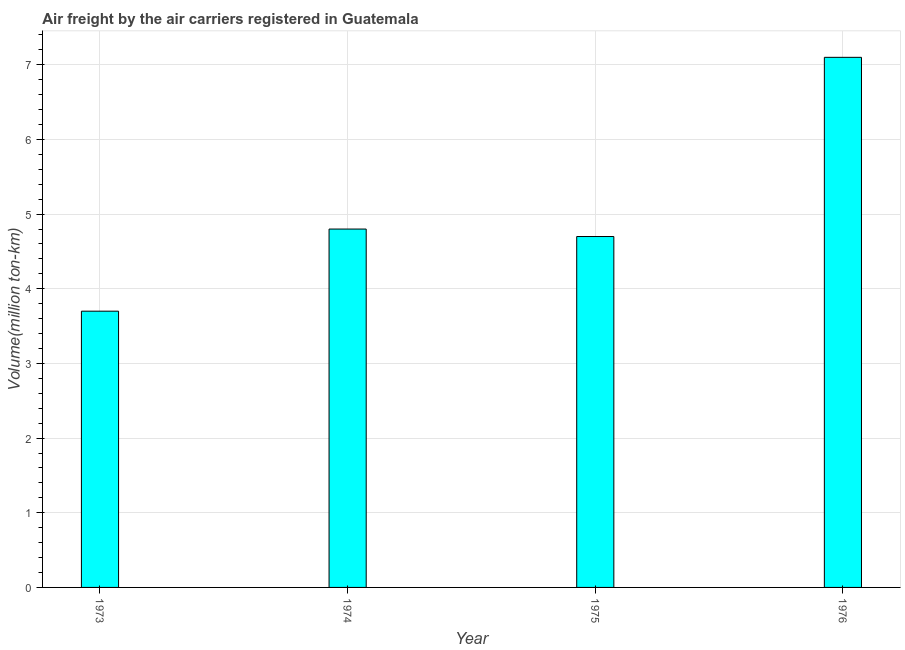
| Year | Air transport |
 | --- | --- |
 | 1973 | 3.7 |
 | 1974 | 4.8 |
 | 1975 | 4.7 |
 | 1976 | 7.1 |